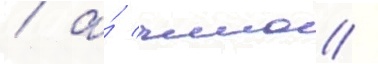
/ а́ чино /